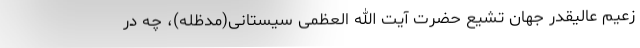
زعیم عالیقدر جهان تشیع حضرت آیت الله العظمی سیستانی(مدّظله)، چه در